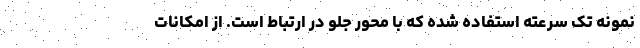
نمونه تک سرعته استفاده شده که با محور جلو در ارتباط است. از امکانات